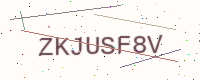
Text: ZKJUSF8V